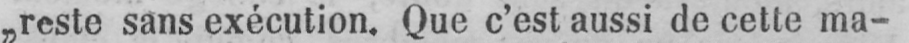
„reste sans exécution. Que c’est aussi de cette ma-